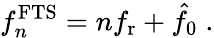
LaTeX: f_{n}^{\mathrm{FTS}}=nf_{\mathrm{r}}+\hat{f_{0}}\; .